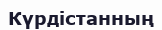
Күрдістанның